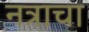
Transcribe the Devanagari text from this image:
नत्राचा